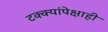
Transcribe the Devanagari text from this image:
टक्क्यांपेक्षाही